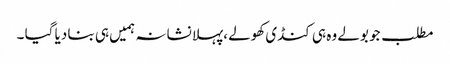
مطلب جو بولے وہ ہی کنڈی کھولے ،پہلا نشانہ ہمیں ہی بنا دیا گیا ۔